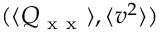
( \langle Q _ { \mathrm { ~ x ~ x ~ } } \rangle , \langle v ^ { 2 } \rangle )